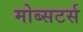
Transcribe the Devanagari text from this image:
मोब्सटर्स